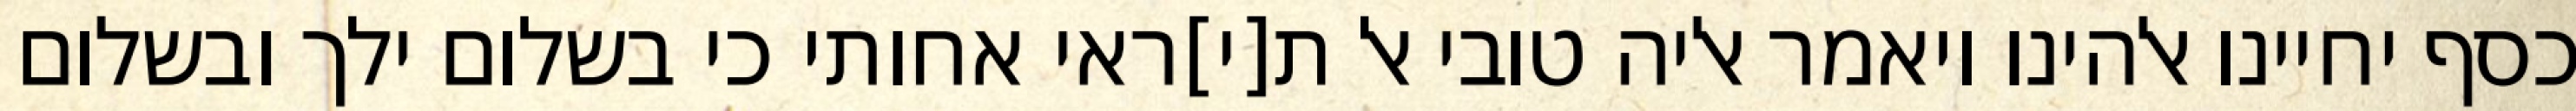
כסף יחיינו אלהינו ויאמר אליה טובי אל ת[י]ראי אחותי כי בשלום ילך ובשלום